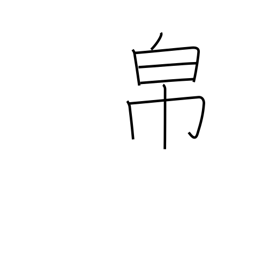
Meaning: cloth